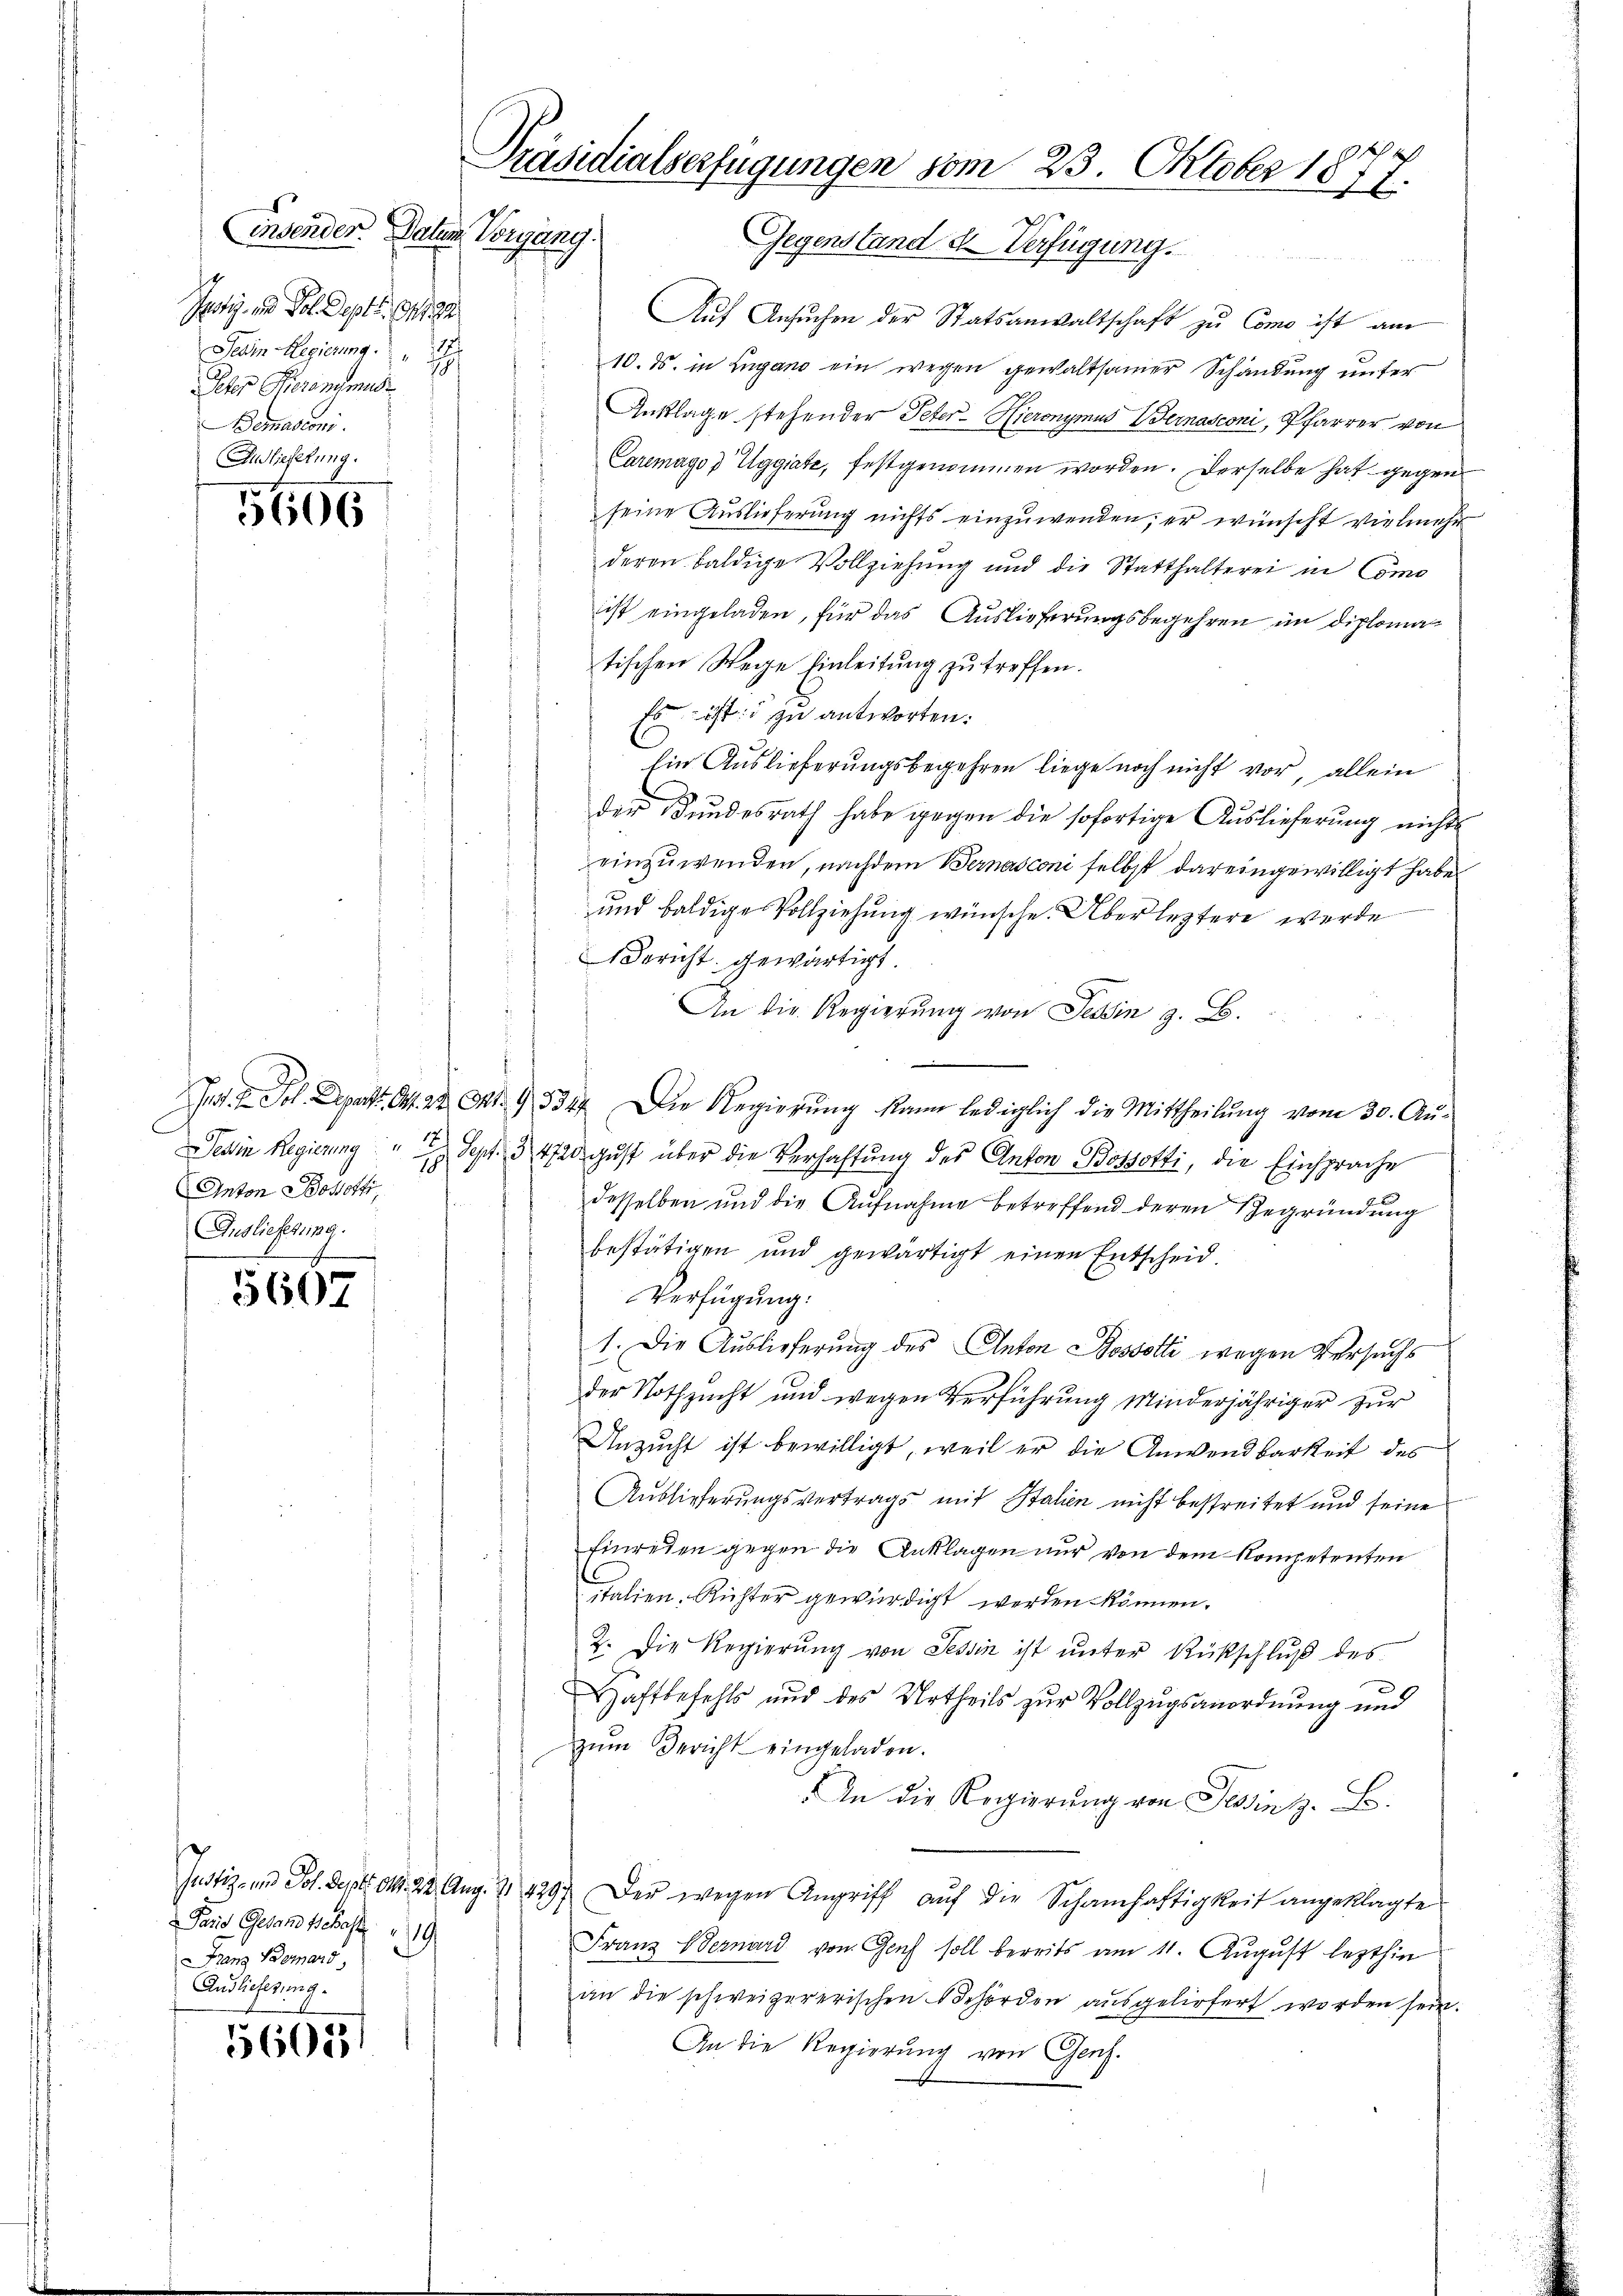
insender Datum Vorgang.
Jury und Sol dept. 9419
Pein Regierung.
Peter Peronimus
Bemasconi.
Anlieferung.

606

12
Tessin Regierung
78
Anton Bohotti,
Auslieferung.

5607

Paris Gesandtschaft 19
Franz Bernard
Auslieferung.

5605.

Präsidialserfügungen vom 23. Oktober 1877.
Gegenstand de Verfügung.

Auf Ansuchen der Statsanwaltschaft zu Como ist am
10. ds. in Lugano ein wegen gewaltsamer Schändung unter
Anklage stehender Peter - Hieronymus Bernasconi, Pfarrer von
Caremago) Uggiate, festgenommen worden. Derselbe hat gegen
seine Auslieferung nichts einzuwenden; er wünscht vielmehr
deren baldige Vollziehung und die Statthalterei in Como
ist eingeladen, für das Auslieferungsbegehren im Diplomatischen Wege Einleitung zu treffen.
Es ist zu antworten.
Ein Auslieferungsbegehren liege noch nicht vor, allein
der Bundesrath habe gegen die sofortige Auslieferung nichts
einzuwenden, nachdem Bernasconi selbst dareingewilligt habe.
und baldige Vollziehung wünsche. Überletztere werde
Bericht gewärtigt.
An die Regierung von Tessin z. B.
Tat. H. Joh. Depart. 141. 22. Okt. 93347. Die Regierŭng kann lediglich die Mittheilŭng vom 30. Aŭ-
Sept. 34720 gust über die Verhaftung des Anton Bossotti, die Einsprache
desselben und die Aufnahme betreffend deren Begründung
bestätigen und gewärtigt einen Entscheid
Verfügung:
1. Die Auslieferung des Anton Bossotti wegen Versuchs
der Nothzucht und wegen Verführung Minderjähriger zur
Unzucht ist bewilligt, weil er die Anwendbarkeit des
Auslieferungsvertrags mit Stalien nicht bestreitet und seine
Einreien gegen die Anklagen nur von dem Kompetenten
italien, Richter gewürdigt werden können.
2. Die Regierŭng von Tessin ist unter Rückschluß des
Haftbefehls und des Urtheils zur Vollzugsanordnung und
zŭm Bericht eingeladen.
In die Regierung von Tessin z. B.
Justiz- und Joh. Sept. d. 22. Aug. & 129.) Der wegen Angriff aŭf die Schamhaftigkeit angeklagte
Franz Vernard von Genf soll bereits am 11. August lezthin
an die schweizererischen Behörden ausgeliefert worden sein.
An die Regierung von Genf.